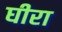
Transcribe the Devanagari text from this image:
घीरा